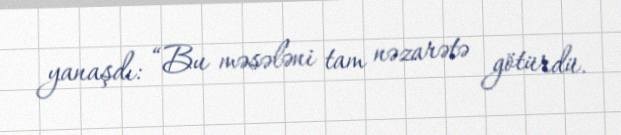
yanaşdı: “Bu məsələni tam nəzarətə götürdü.